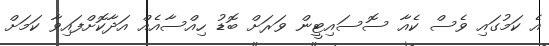
އެ ކަމުގައި ވެސް ކެއާ ސޮސައިޓީން ވަރަށް ބޮޑު ހިއްސާއެއް އަދާކޮށްފައިވާ ކަމަށް